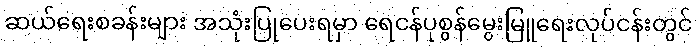
ဆယ်ရေးစခန်းများ အသုံးပြုပေးရမှာ ရေငန်ပုစွန်မွေးမြူရေးလုပ်ငန်းတွင်